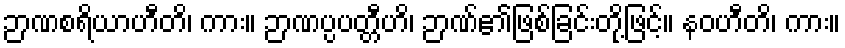
ဉာဏစရိယာဟီတိ၊ ကား။ ဉာဏပ္ပပတ္တီဟိ၊ ဉာဏ်၏ဖြစ်ခြင်းတို့ဖြင့်။ နဝဟီတိ၊ ကား။